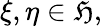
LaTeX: \xi,\eta\in\mathfrak{H},